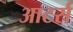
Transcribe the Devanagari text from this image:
आटर्स